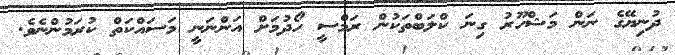
ދުނިޔޭގެ ނަން މަޝްހޫރު ގިނަ ކްލަބްތަކުން ރަމްސީ ހޯދުމަށް އަންނަނީ މަސައްކަތް ކުރަމުންނެވެ.